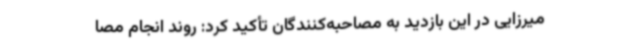
میرزایی در این بازدید به مصاحبه‌کنندگان تأکید کرد: روند انجام مصا